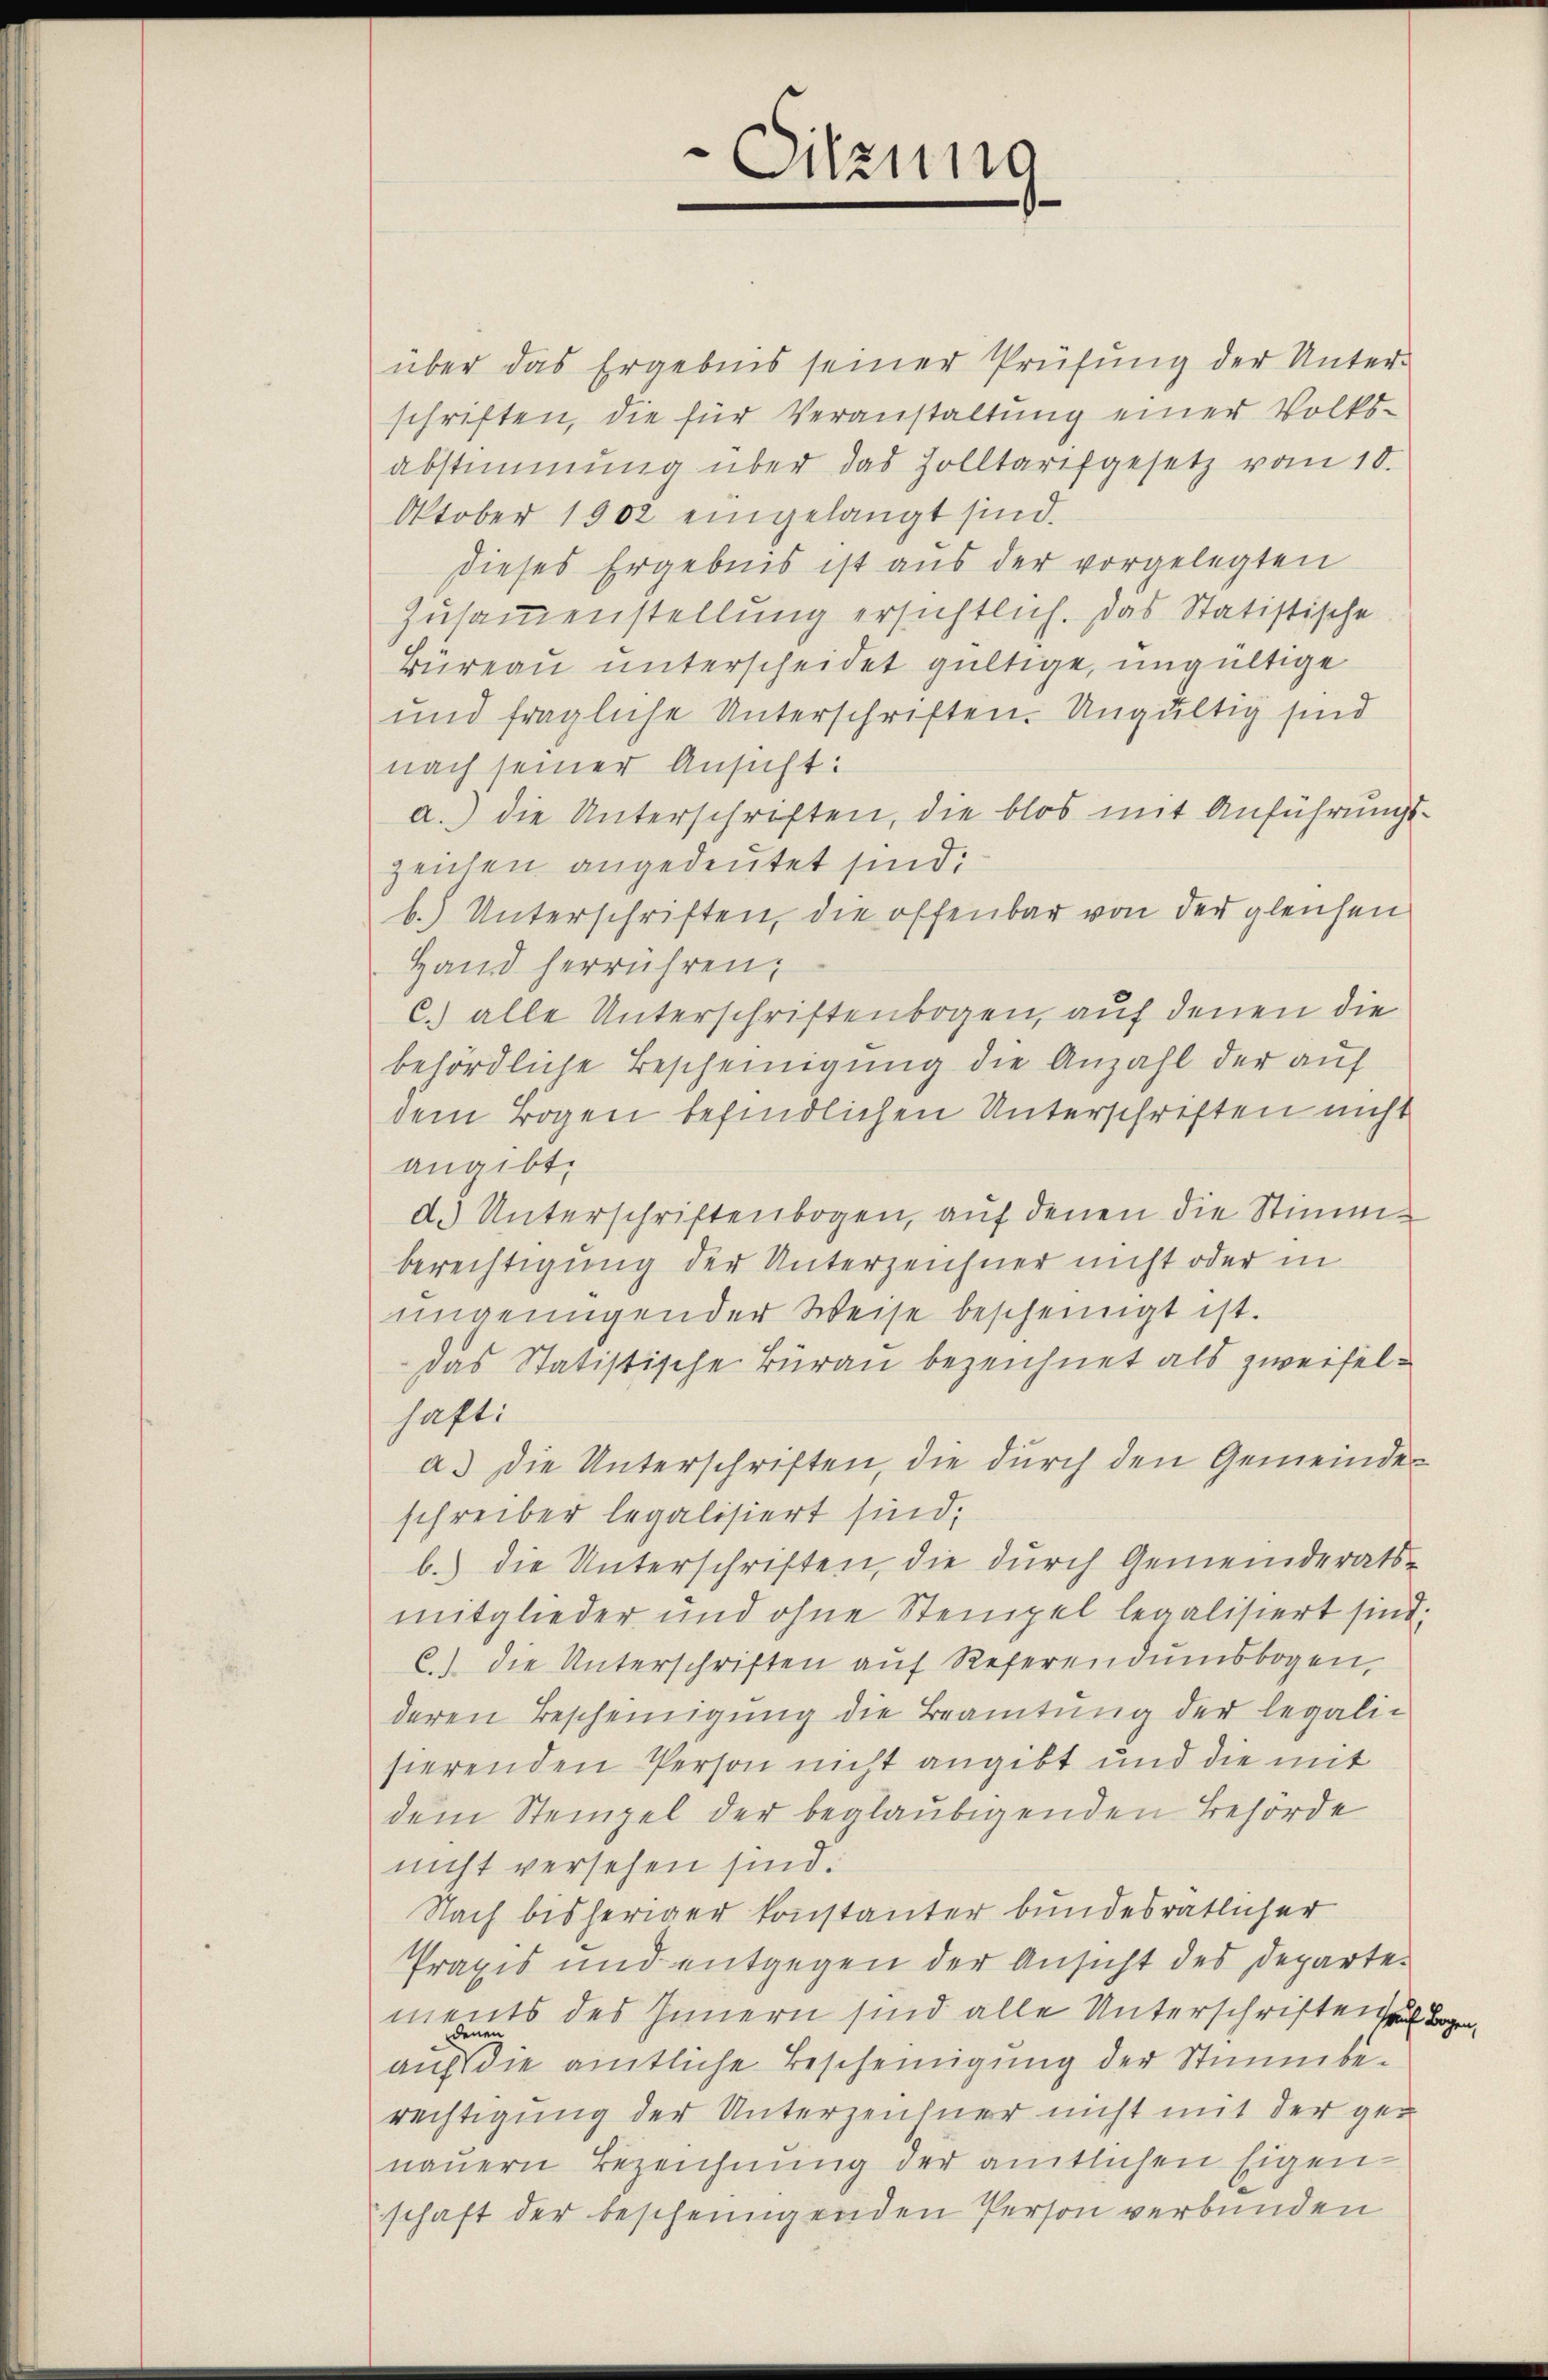
Sitzung

über das Ergebnis seiner Prüfung der Unter-
schriften, die für Veranstaltung einer Volksabstimmung über das Zolltarifgesetz vom 10.
Oktober 1902 eingelangt sind.
dieses Ergebnis ist aus der vorgelegten
Zusammenstellung ersichtlich. Das Statistische
Büreau unterscheidet gültige, ungültige
und fragliche Unterschriften. Ungültig sind
nach seiner Ansicht:
a.) die Unterschriften, die blos mit Anführungszeichen angedeutet sind:
b.) Unterschriften, die offenbar von der gleichen
Hand herrühren,
C.) alle Unterschriftenbogen, auf denen die
behördliche Bescheinigung die Anzahl der auf
dem Bogen befindlichen Unterschriften nicht
angibt,
d.) Unterschriftenbogen, auf denen die Stimmberechtigung der Unterzeichner nicht oder in
ungenügender Weise bescheinigt ist.
das Statistische Burau bezeichnet als zweifelhaft:
a. Die Unterschriften, die durch den Gemeindeschreiber legalisiert sind,
b.) die Unterschriften, die durch Gemeinderats-
mitglieder und ohne Stempel legalisiert sind;
C) die Unterschriften auf Referendumsbogen,
deren Bescheinigung die Beamtung der legalisierenden Person nicht angibt und die mit
dem Steingel der beglaubigenden Behörde
nicht versehen sind.
Nach bisheriger konstanter bundesrätlicher
Praxis und entgegen der Ansicht des Departe
ments des Innern sind alle Unterschriften
auf die amtliche Bescheinigung der Stimmberechtigung der Unterzeichner nicht mit der genauern Bezeichnung der amtlichen Eigen-
schaft der bescheingenden Person verbunden